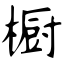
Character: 橱